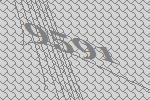
9591